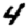
Digit: 4